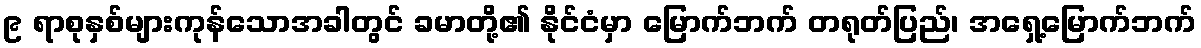
၉ ရာစုနှစ်များကုန်သောအခါတွင် ခမာတို့၏ နိုင်ငံမှာ မြောက်ဘက် တရုတ်ပြည်၊ အရှေ့မြောက်ဘက်